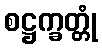
စဋ္ဌက္ခတ္တုံ